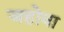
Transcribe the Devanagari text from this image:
जहोवा